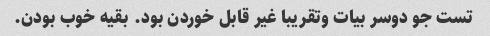
تست جو دوسر بیات وتقریبا غیر قابل خوردن بود. بقیه خوب بودن.